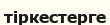
тіркестерге